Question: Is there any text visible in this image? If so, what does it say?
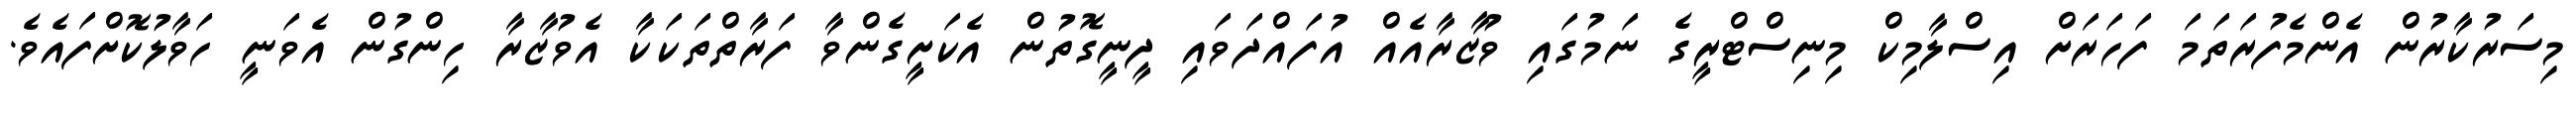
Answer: މިސަރުކާރުން އެންމެފުރަތަމަ ފަހަރަށް އިސްލާމިކް މިނިސްޓްރީގެ ނަމުގައި ވުޒާރާއެއް އުފައްދަވައި ދީނީގޮތުން އެކަށީގެންވާ ފަރާތްތަކަކާ އެވުޒާރާ ހިންގުން އެވަނީ ހަވާލުކޮށްފައެވެ.